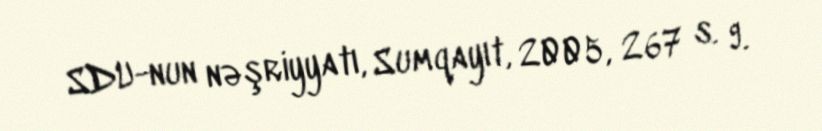
SDU-nun nəşriyyatı, Sumqayıt, 2005, 267 s. 9.